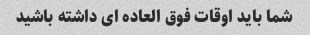
شما باید اوقات فوق العاده ای داشته باشید